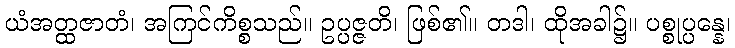
ယံအတ္ထဇာတံ၊ အကြင်ကိစ္စသည်။ ဥပ္ပဇ္ဇတိ၊ ဖြစ်၏။ တဒါ၊ ထိုအခါ၌။ ပစ္စုပ္ပန္နေ၊